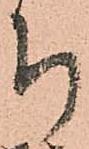
ち